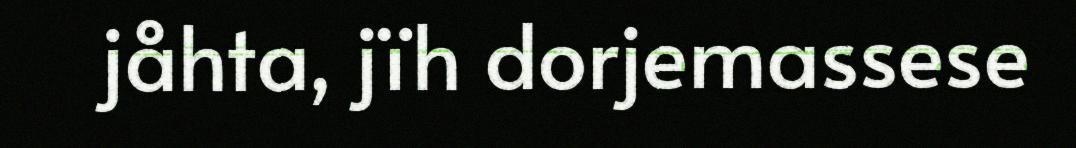
jåhta, jïh dorjemassese